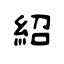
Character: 紹